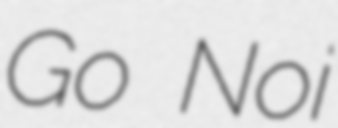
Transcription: Go Noi